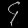
Digit: ၄